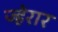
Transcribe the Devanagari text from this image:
ज्हेरार